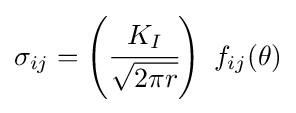
\sigma _{ij}=\left({\cfrac {K_{I}}{\sqrt {2\pi r}}}\right)~f_{ij}(\theta )